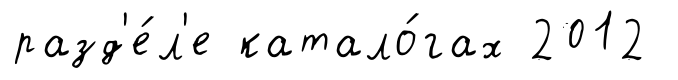
разд'е́л'е катало́гах 2012